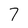
Character: 7